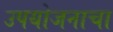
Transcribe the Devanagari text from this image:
उपयोजनाचा